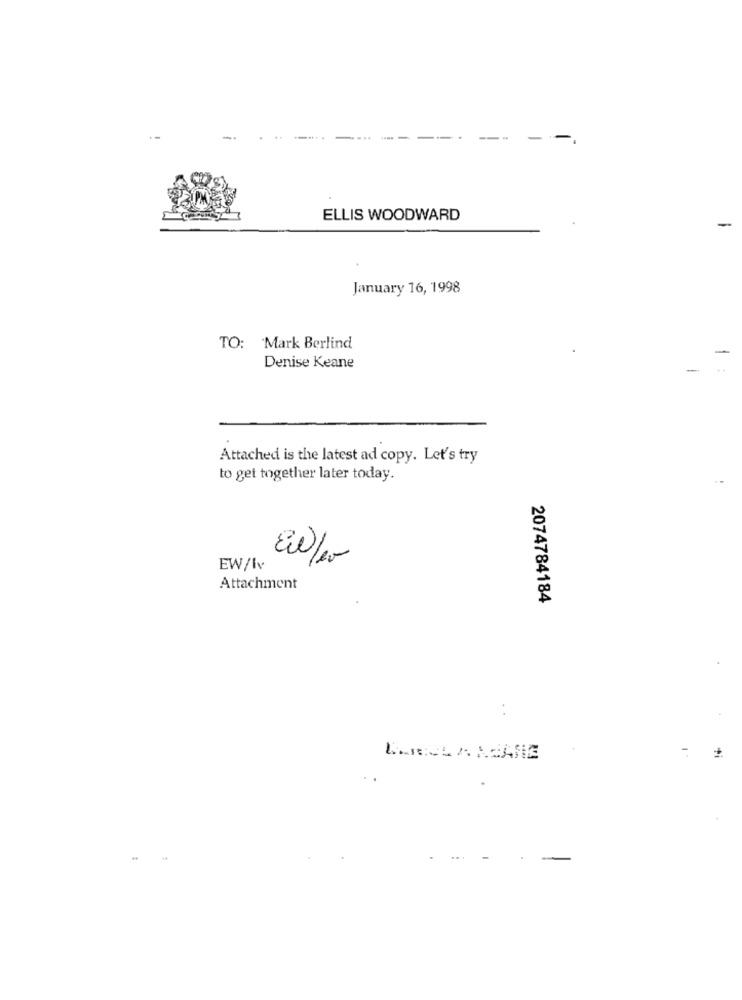
-
ELLIS WOODWARD
January 16, 1998
TO: Mark Berlind
Denise Keane
Attached is the latest ad copy. Let's try
to get together later today.
EW/Iv
Attachment
2074784184
: